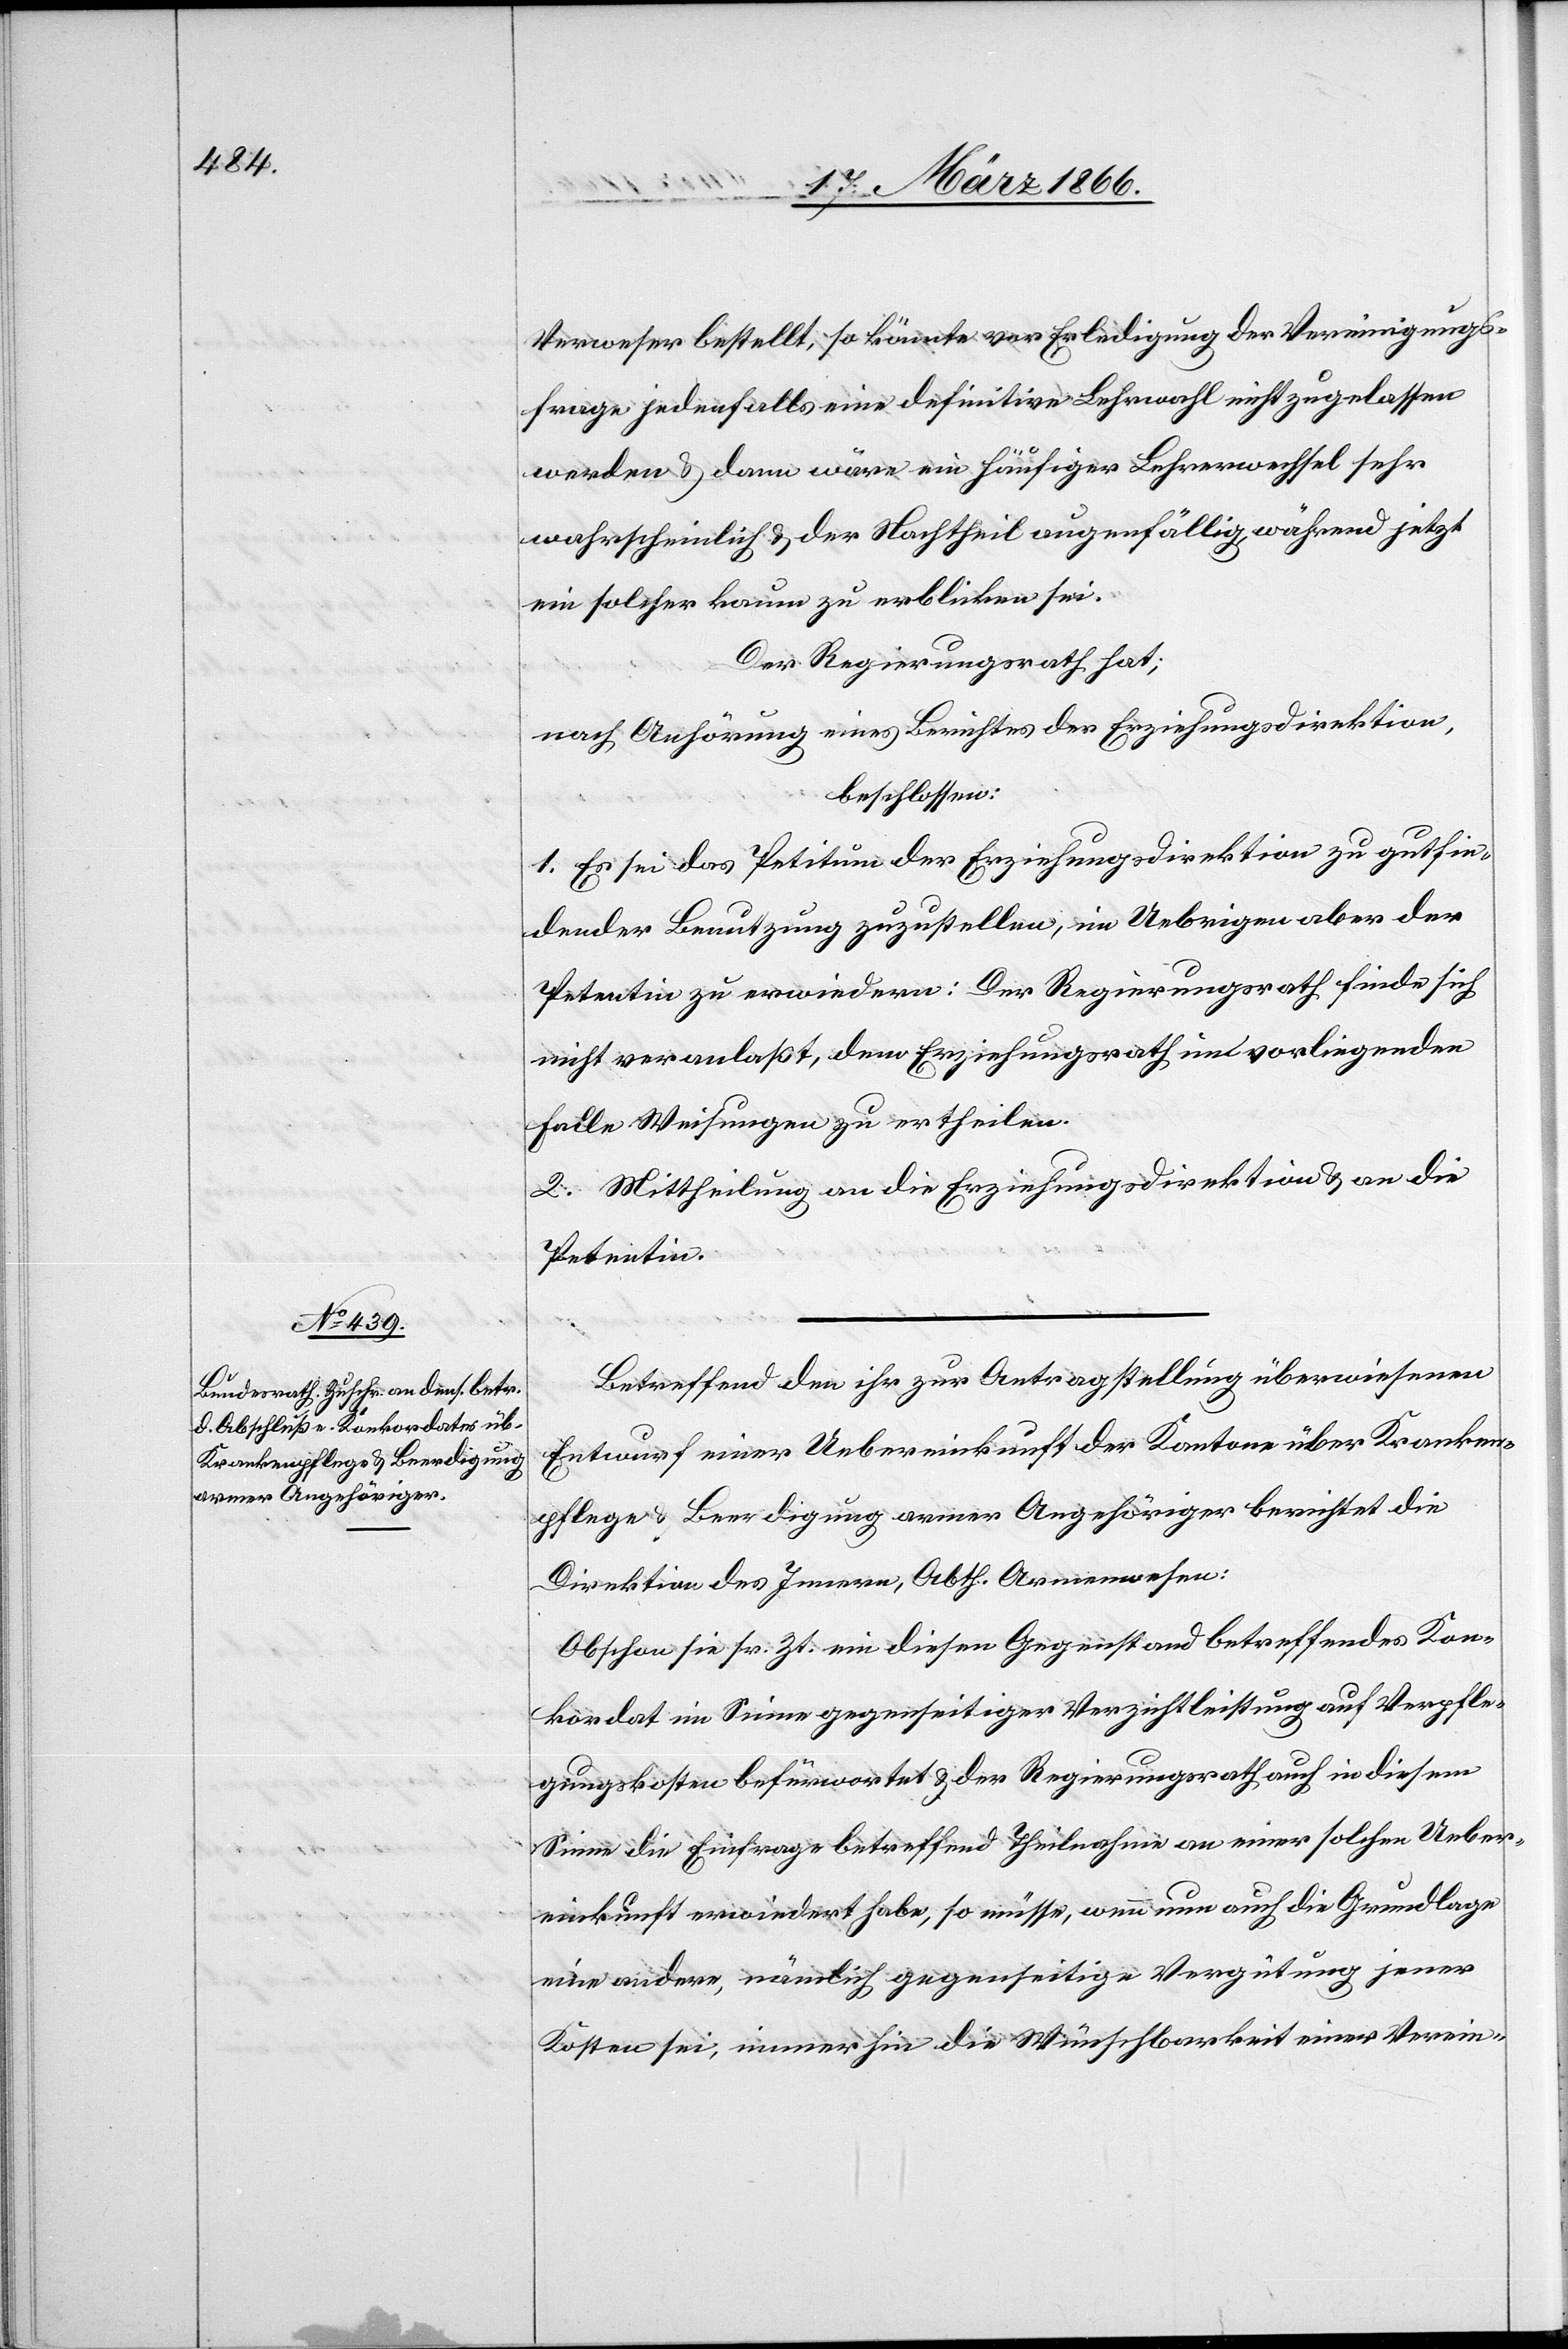
Verweser bestellt, so könnte vor Erledigung der Vereinigungs¬
frage jedenfalls eine definitive Lehrwahl nicht zugelassen
werden u. dann wäre ein häufiger Lehrerwechsel sehr
wahrscheinlich u. der Nachtheil augenfällig, während jetzt
ein solcher kaum zu erblicken sei.
Der Regierungsrath hat,
nach Anhörung eines Berichtes der Erziehungsdirektion,
beschlossen:
1. Es sei das Petitum der Erziehungsdirektion zu gutfin¬
dender Benutzung zuzustellen; im Uebrigen aber der
Petentin zu erwiedern: Der Regierungsrath finde sich
nicht veranlaßt, dem Erziehungsrath im vorliegenden
Falle Weisungen zu ertheilen.
2. Mittheilung an die Erziehungsdirektion u. an die
Petentin.
Betreffend den ihr zur Antragstellung überwiesenen
Entwurf einer Uebereinkunft der Kantone über Kranken¬
pflege u. Beerdigung armer Angehöriger berichtet die
Direktion des Innern, Abth. Armenwesen:
Obschon sie sr. Zt. ein diesen Gegenstand betreffendes Kon¬
kordat im Sinne gegenseitiger Verzichtleistung auf Verpfle¬
gungskosten befürwortet u. der Regierungsrath auch in diesem
Sinne die Einfrage betreffend Theilnahme an einer solchen Ueber¬
einkunft erwiedert habe, so müsse, wenn nun auch die Grundlage
eine andere, nämlich gegenseitige Vergütung jener
Kosten sei, immerhin die Wünschbarkeit einer Verein-